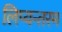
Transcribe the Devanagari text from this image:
लिप्यन्तरम